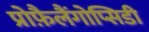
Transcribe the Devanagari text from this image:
प्रोफ़ैलैंगोप्सिडी